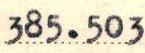
385.503